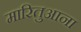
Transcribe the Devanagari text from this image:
मारितुआना